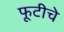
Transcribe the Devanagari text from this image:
फूटीचे